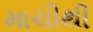
માચીથી